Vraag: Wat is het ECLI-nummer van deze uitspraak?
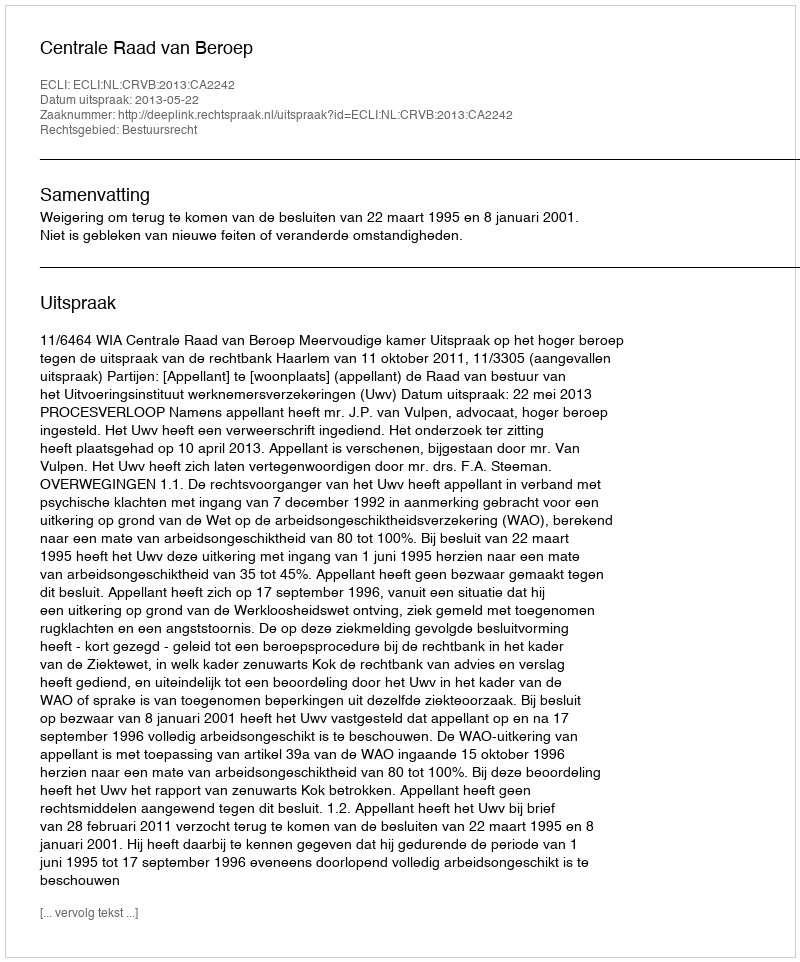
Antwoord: ECLI:NL:CRVB:2013:CA2242